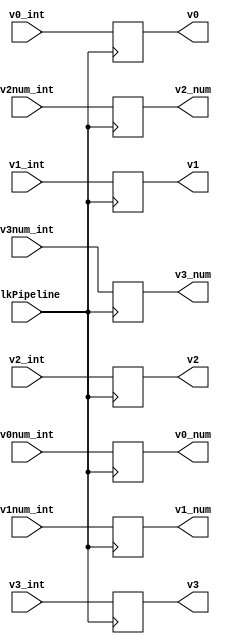
module S2_pipeline_buffer(clkPipeline, v0_int, v1_int, v2_int, v3_int, v0num_int, v1num_int, v2num_int, v3num_int, v0, v1, v2, v3, v0_num, v1_num, v2_num, v3_num);

input clkPipeline;

input [15:0] v0_int, v1_int, v2_int, v3_int;
input [4:0] v0num_int, v1num_int, v2num_int, v3num_int;

output reg [15:0] v0, v1, v2, v3;
output reg [4:0] v0_num, v1_num, v2_num, v3_num;

always @(posedge clkPipeline)
begin
	v0 <= v0_int;
	v1 <= v1_int;
	v2 <= v2_int;
	v3 <= v3_int;
	v0_num <= v0num_int;
	v1_num <= v1num_int;
	v2_num <= v2num_int;
	v3_num <= v3num_int;
end

endmodule